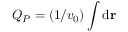
Q _ { P } = ( 1 / v _ { 0 } ) \int \mathrm { d } { \bf r }